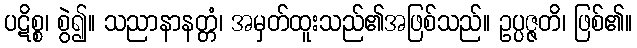
ပဋိစ္စ၊ စွဲ၍။ သညာနာနတ္တံ၊ အမှတ်ထူးသည်၏အဖြစ်သည်။ ဥပ္ပဇ္ဇတိ၊ ဖြစ်၏။